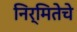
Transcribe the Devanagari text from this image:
निर्मितेचे